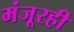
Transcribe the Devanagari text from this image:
मंजूरही